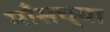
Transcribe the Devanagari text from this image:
माँसच्या